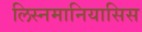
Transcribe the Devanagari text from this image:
लिस्नमानियासिस